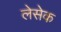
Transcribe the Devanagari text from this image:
लेसेक